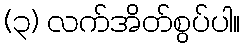
(၃) လက်အိတ်စွပ်ပါ။